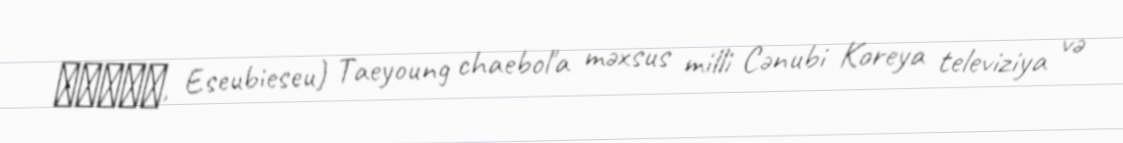
에스비에스, Eseubieseu) Taeyoung chaebol'a məxsus milli Cənubi Koreya televiziya və